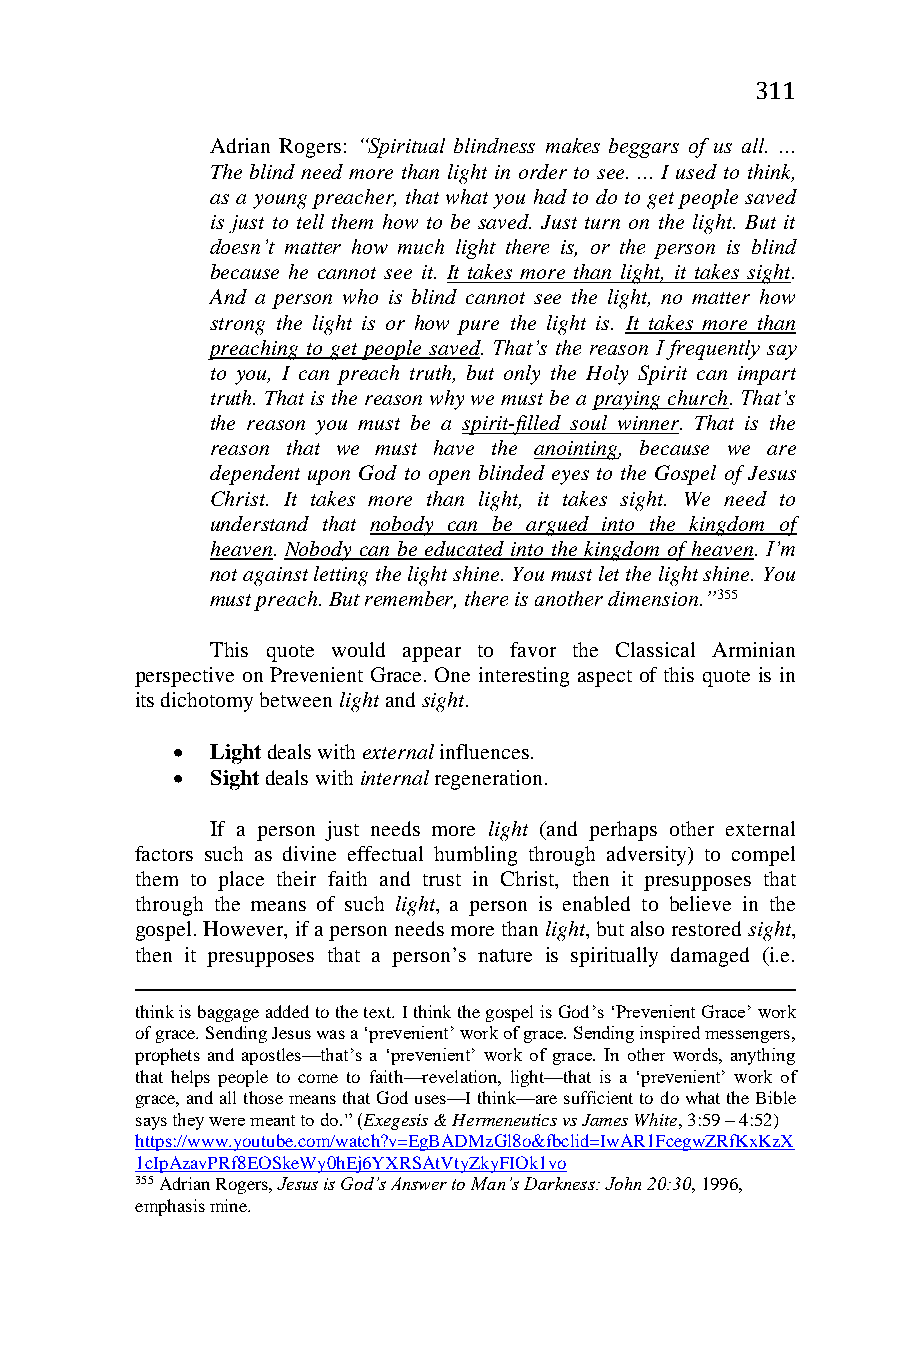
311
 Adrian Rogers: “Spiritual blindness makes beggars of us all. ...
 The blind need more than light in order to see. ... I used to think,
 as a young preacher, that what you had to do to get people saved
 is just to tell them how to be saved. Just turn on the light. But it
 doesn’t matter how much light there is, or the person is blind
 because he cannot see it. It takes more than light, it takes sight.
 And a person who is blind cannot see the light, no matter how
 strong the light is or how pure the light is. It takes more than
 preaching to get people saved. That’s the reason I frequently say
 to you, I can preach truth, but only the Holy Spirit can impart
 truth. That is the reason why we must be a praying church. That’s
 the reason you must be a spirit-filled soul winner. That is the
 reason that we must have the anointing, because we are
 dependent upon God to open blinded eyes to the Gospel of Jesus
 Christ. It takes more than light, it takes sight. We need to
 understand that nobody can be argued into the kingdom of
 heaven. Nobody can be educated into the kingdom of heaven. I’m
 not against letting the light shine. You must let the light shine. You
 must preach. But remember, there is another dimension.”355
 This quote would appear to favor the Classical Arminian
 perspective on Prevenient Grace. One interesting aspect of this quote is in
 its dichotomy between light and sight.
   Light deals with external influences.
   Sight deals with internal regeneration.
 If a person just needs more light (and perhaps other external
 factors such as divine effectual humbling through adversity) to compel
 them to place their faith and trust in Christ, then it presupposes that
 through the means of such light, a person is enabled to believe in the
 gospel. However, if a person needs more than light, but also restored sight,
 then it presupposes that a person’s nature is spiritually damaged (i.e.
 think is baggage added to the text. I think the gospel is God’s ‘Prevenient Grace’ work
 of grace. Sending Jesus was a ‘prevenient’ work of grace. Sending inspired messengers,
 prophets and apostles—that’s a ‘prevenient’ work of grace. In other words, anything
 that helps people to come to faith—revelation, light—that is a ‘prevenient’ work of
 grace, and all those means that God uses—I think—are sufficient to do what the Bible
 says they were meant to do.” (Exegesis & Hermeneutics vs James White, 3:59 – 4:52)
 https://www.youtube.com/watch?v=EgBADMzGl8o&fbclid=IwAR1FcegwZRfKxKzX
 1cIpAzavPRf8EOSkeWy0hEj6YXRSAtVtyZkyFIOk1vo
 355 Adrian Rogers, Jesus is God’s Answer to Man’s Darkness: John 20:30, 1996,
 emphasis mine.